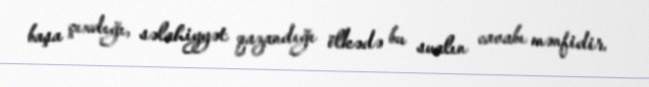
başa çıxdığı, səlahiyyət qazandığı ölkədə bu sualın cavabı mənfidir.